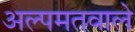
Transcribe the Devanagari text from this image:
अल्पमतवाले